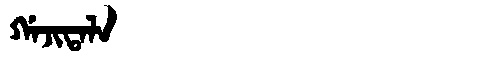
Manchu: ᡤᠠᠵᡳᡨᠠᠯᠠ
Romanization: GAJITALA